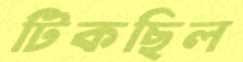
টিকছিল